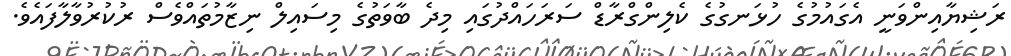
ރަޝިޔާއިންވަނީ އެގައުމުގެ ހުޅަނގުގެ ކެލިންގްރާޑް ސަރަހައްދުގައި މިދެ ބާވަތުގެ މިސައިލް ނިޒާމުތައްވެސް ރުކުރުވާލާފައެވެ.